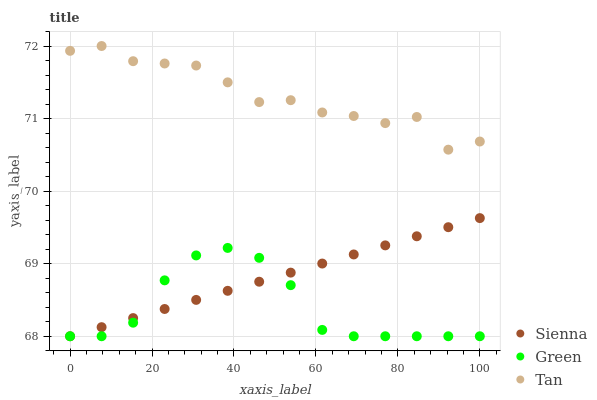
| xaxis_label | Sienna | Green | Tan |
 | --- | --- | --- | --- |
 | 0 | 68 | 68 | 71.9 |
 | 7.69 | 68.1 | 68 | 72 |
 | 15.4 | 68.3 | 68.2 | 71.8 |
 | 23.1 | 68.4 | 68.8 | 71.8 |
 | 30.8 | 68.5 | 69.1 | 71.7 |
 | 38.5 | 68.6 | 69.2 | 71.5 |
 | 46.2 | 68.8 | 69.1 | 71.2 |
 | 53.8 | 68.9 | 68.7 | 71.3 |
 | 61.5 | 69 | 68.1 | 71.1 |
 | 69.2 | 69.1 | 68 | 71 |
 | 76.9 | 69.3 | 68 | 70.9 |
 | 84.6 | 69.4 | 68 | 71 |
 | 92.3 | 69.5 | 68 | 70.6 |
 | 100 | 69.6 | 68 | 70.7 |